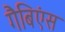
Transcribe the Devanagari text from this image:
गैबिएंस